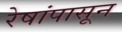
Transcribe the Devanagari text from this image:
रेषांपासून